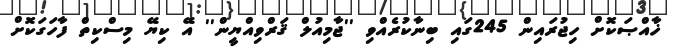
ޚާއްޞަކޮށް ހިޖުރައިން 245ގައި ބިނާކުރެއްވި ''ޖާމިއުލް ޤަރްވިއްޔީން'' އޭ ކިޔޭ މިސްކިތް ފާހަގަކޮށް